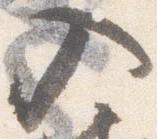
入